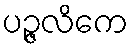
ပဉ္ဇလိကေ